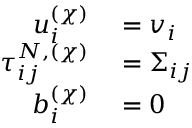
\begin{array} { r l } { u _ { i } ^ { ( \chi ) } } & { { } = v _ { i } } \\ { \tau _ { i j } ^ { N , ( \chi ) } } & { { } = \Sigma _ { i j } } \\ { b _ { i } ^ { ( \chi ) } } & { { } = 0 } \end{array}